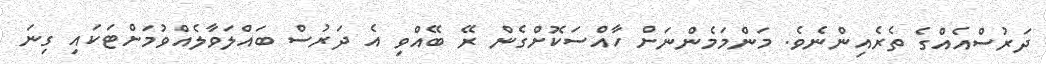
ދަރުސްއެއްގެ ތެރެއިންނެވެ. މަންމަމެންނަށް ހާއްސަކޮށްގެން ރޭ ބޭއްވި އެ ދަރުސް ބައްލަވާލެއްވުމަށްޓަކައި ގިނަ